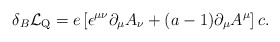
\begin{align*}\delta_B {\cal L}_{\rm Q} = e\left[ \epsilon^{\mu\nu} \partial_\mu A_\nu +(a-1) \partial_\mu A^\mu \right] c.\end{align*}